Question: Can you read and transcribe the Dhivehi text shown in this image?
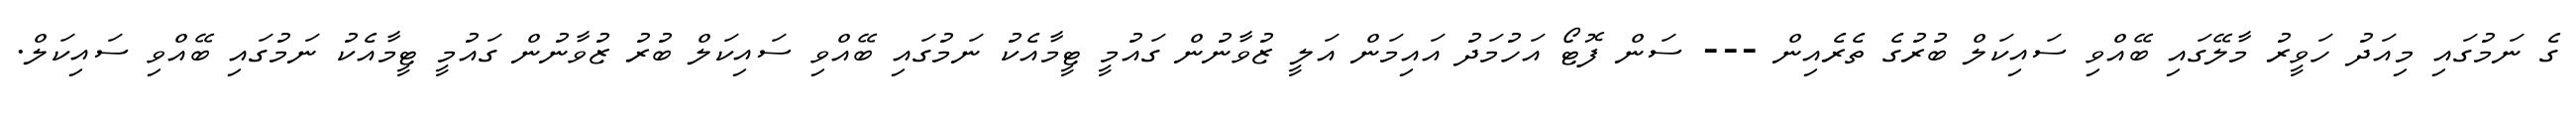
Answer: ގެ ނަމުގައި މިއަދު ހަވީރު މާލޭގައި ބޭއްވި ސައިކަލް ބުރުގެ ތެރެއިން --- ސަން ފޮޓޯ އަހުމަދު އައިމަން އަލީ ޒުވާނުން ގައުމީ ޓީމާއެކު ނަމުގައި ބޭއްވި ސައިކަލް ބުރު ޒުވާނުން ގައުމީ ޓީމާއެކު ނަމުގައި ބޭއްވި ސައިކަލް.